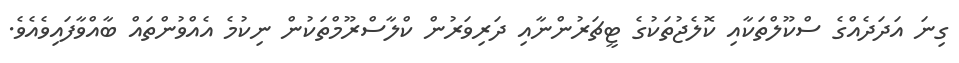
ގިނަ އަދަދެއްގެ ސްކޫލްތަކާއި ކޮލެޖުތަކުގެ ޓީޗަރުންނާއި ދަރިވަރުން ކްލާސްރޫމްތަކުން ނިކުމެ އެއްވުންތައް ބާއްވާފައިވެއެވެ.